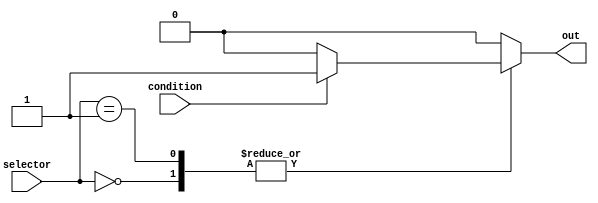
module IfElseBlock (
    input wire condition,
    input wire [1:0] selector,
    output reg out
);

always @(condition or selector)
begin
    case(selector)
        2'b00: if (condition) begin
                    // statements in If block
                    out <= 1'b1;
               end
               else begin
                    // statements in Else block
                    out <= 1'b0;
               end
        2'b01: if (condition) begin
                    // statements in If block
                    out <= 1'b1;
               end
               else begin
                    // statements in Else block
                    out <= 1'b0;
               end
        default: begin
                    // default statements
                    out <= 1'b0;
                 end
    endcase
end

endmodule